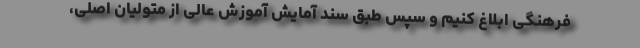
فرهنگی ابلاغ کنیم و سپس طبق سند آمایش آموزش عالی از متولیان اصلی،